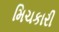
મિચકારી